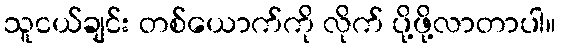
သူငယ်ချင်း တစ်ယောက်ကို လိုက် ပို့ဖို့လာတာပါ။